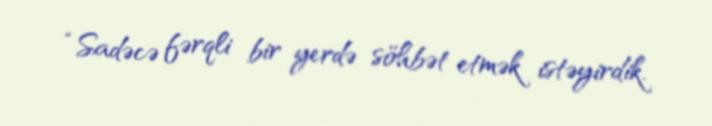
“Sadəcə fərqli bir yerdə söhbət etmək istəyirdik.